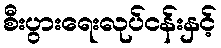
စီးပွားရေးလုပ်ငန်းနှင့်